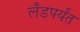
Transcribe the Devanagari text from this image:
लँडपर्यंत